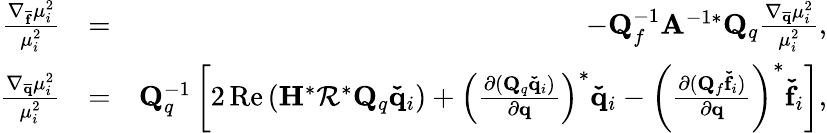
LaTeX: \begin{array}{rlr}{\frac{\nabla_{\mathbf{\overline{{f}}}}\mu_{i}^{2}}{\mu_{i}^{2}}}&{=}&{-\mathbf{Q}_{f}^{-1}\mathbf{A}^{-1*}\mathbf{Q}_{q}\frac{\nabla_{\mathbf{\overline{{q}}}}\mu_{i}^{2}}{\mu_{i}^{2}},}\\ {\frac{\nabla_{\mathbf{\overline{{q}}}}\mu_{i}^{2}}{\mu_{i}^{2}}}&{=}&{\mathbf{Q}_{q}^{-1}\left[2\operatorname{Re}\left(\mathbf{H}^{*}\mathbf{\mathcal{R}}^{*}\mathbf{Q}_{q}\mathbf{\check{q}}_{i}\right)+\left(\frac{\partial(\mathbf{Q}_{q}\mathbf{\check{q}}_{i})}{\partial\mathbf{q}}\right)^{*}\mathbf{\check{q}}_{i}-\left(\frac{\partial(\mathbf{Q}_{f}\mathbf{\check{f}}_{i})}{\partial\mathbf{q}}\right)^{*}\mathbf{\check{f}}_{i}\right],}\end{array}